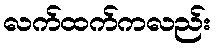
လက်ထက်ကလည်း